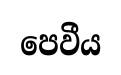
පෙවීය